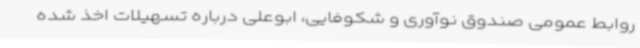
روابط عمومی صندوق نوآوری و شکوفایی، ابوعلی درباره تسهیلات اخذ شده